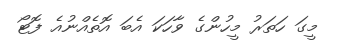
މީގަ ހަތަރު މީހުންގެ ވާހަކަ އެބަ އޮތެއްނުއެ ފޮޓޯ